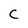
Character: C